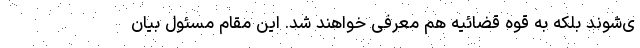
ی‌شوند بلکه به قوه قضائیه هم معرفی خواهند شد. این مقام مسئول بیان